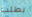
بطلب